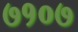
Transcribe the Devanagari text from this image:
७१०७